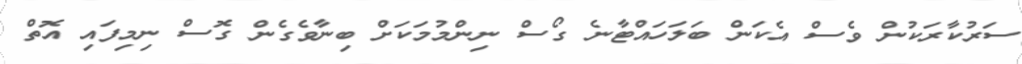
ސަރުކާރަކުން ވެސް އެކަން ބަލަހައްޓާނެ ގޯސް ނިންމުމަކަށް ބިނާވެގެން ގޮސް ނިމިފައި އޮތް